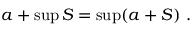
a + \operatorname* { s u p } S = \operatorname* { s u p } ( a + S ) \ .